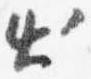
出